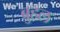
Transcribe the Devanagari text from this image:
ब्रुहल